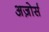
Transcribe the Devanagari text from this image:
अज़ोर्स